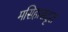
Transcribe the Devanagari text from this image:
मसिहासदृश